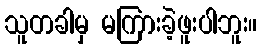
သူတခါမှ မကြားခဲ့ဖူးပါဘူး။